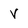
Character: v